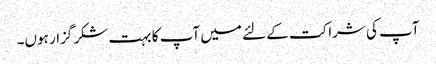
آپ کی شراکت کے لئے میں آپ کا بہت شکر گزار ہوں۔